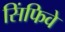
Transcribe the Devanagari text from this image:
सिंफिवे